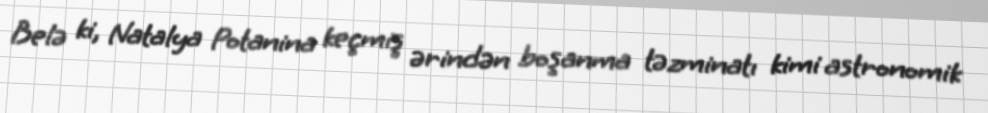
Belə ki, Natalya Potanina keçmiş ərindən boşanma təzminatı kimi astronomik